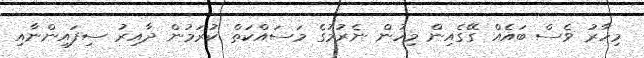
މިހާރު ވެސް ބައެއް ގޭގެއިން މިހުން ނެރުމުގެ މަސައްކަތް ކުރަމުން ދާއިރު ސިފައިންނާއި